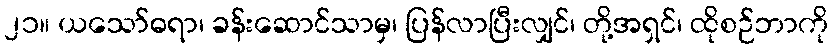
၂၁။ ယသော်ဓရာ၊ ခန်းဆောင်သာမှ၊ ပြန်လာပြီးလျှင်၊ တို့အရှင်၊ ထိုစဉ်ဘာကို